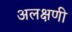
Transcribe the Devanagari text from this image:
अलक्षणी